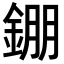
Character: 錋